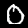
Label: 0